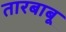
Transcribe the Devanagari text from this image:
तारबाबू